Plague in India, 1896, 1897 - Volume 3
Year: 1896
Disease focus: Plague
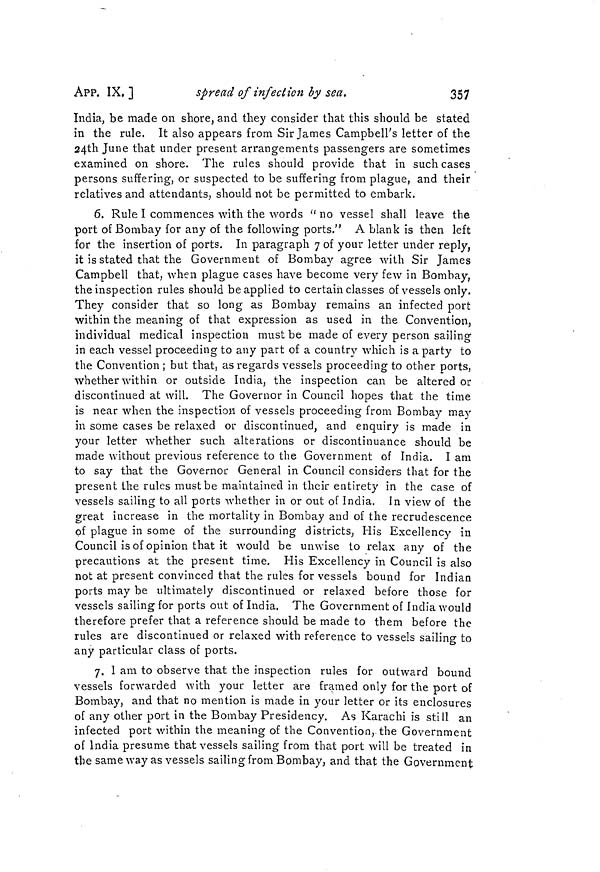
357
APP. IX. ]
spread of infection by sea.
India, be made on shore, and they consider that this should be stated
in the rule. It also appears from Sir James Campbell's letter of the
24th June that under present arrangements passengers are sometimes
examined on shore. The rules should provide that in such cases
persons suffering, or suspected to be suffering from plague, and their
relatives and attendants, should not be permitted to embark.
6. Rule I commences with the words " no vessel shall leave the
port of Bombay for any of the following ports." A blank is then left
for the insertion of ports. In paragraph 7 of your letter under reply,
it is stated that the Government of Bombay agree with Sir James
Campbell that, when plague cases have become very few in Bombay,
the inspection rules should be applied to certain classes of vessels only.
They consider that so long as Bombay remains an infected port
within the meaning of that expression as used in the Convention,
individual medical inspection must be made of every person sailing
in each vessel proceeding to any part of a country which is a party to
the Convention ; but that, as regards vessels proceeding to other ports,
whether within or outside India, the inspection can be altered or
discontinued at will. The Governor in Council hopes that the time
is near when the inspection of vessels proceeding from Bombay may
in some cases be relaxed or discontinued, and enquiry is made in
your letter whether such alterations or discontinuance should be
made without previous reference to the Government of India. I am
to say that the Governor General in Council considers that for the
present the rules must be maintained in their entirety in the case of
vessels sailing to all ports whether in or out of India. In view of the
great increase in the mortality in Bombay and of the recrudescence
of plague in some of the surrounding districts. His Excellency in
Council is of opinion that it would be unwise to relax any of the
precautions at the present time. His Excellency in Council is also
not at present convinced that the rules for vessels bound for Indian
ports may be ultimately discontinued or relaxed before those for
vessels sailing for ports out of India. The Government of India would
therefore prefer that a reference should be made to them before the
rules are discontinued or relaxed with reference to vessels sailing to
any particular class of ports.
7. I am to observe that the inspection rules for outward bound
vessels forwarded with your letter are framed only for the port of
Bombay, and that no mention is made in your letter or its enclosures
of any other port in the Bombay Presidency. As Karachi is still an
infected port within the meaning of the Convention, the Government
of India presume that vessels sailing from that port will be treated in
the same way as vessels sailing from Bombay, and that the Government